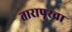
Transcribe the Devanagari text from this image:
तारापूरचा